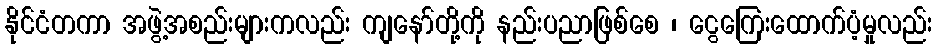
နိုင်ငံတကာ အဖွဲ့အစည်းများကလည်း ကျနော်တို့ကို နည်းပညာဖြစ်စေ ၊ ငွေကြေးထောက်ပံ့မှုလည်း